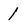
Character: 1